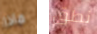
ماذا نطق